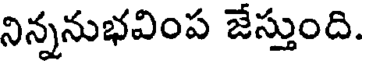
నిన్ననుభవింప జేస్తుంది.